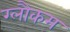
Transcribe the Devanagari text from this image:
ग्लौकम